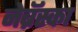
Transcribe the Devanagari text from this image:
नेब्रॅस्का